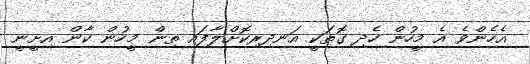
އެހެންވެ އެ މީހުން ހެދި ގޮތަކީ އަނދިރިކޮށްލާފައި ތިން މީހުން ކާން އިށީނީ